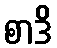
စာဒိ